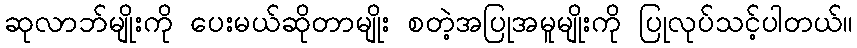
ဆုလာဘ်မျိုးကို ပေးမယ်ဆိုတာမျိုး စတဲ့အပြုအမူမျိုးကို ပြုလုပ်သင့်ပါတယ်။